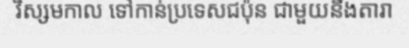
វិស្សមកាល ទៅកាន់ប្រទេសជប៉ុន ជាមួយនឹងតារា